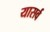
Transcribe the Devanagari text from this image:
यासर्व